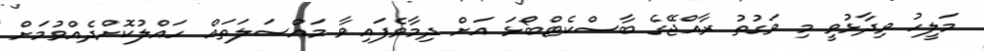
މަލީހު ވިދާޅުވީ މި ވަގުތު ރާއްޖޭގެ ބާސްކެޓްބޯޅަ އަށް ދިމާވެފައިވާ މައްސަލަތައް ހައްލުކޮށްދެއްވުމަށް